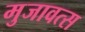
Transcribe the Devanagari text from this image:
मुजावत्स